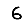
Digit: 6